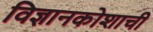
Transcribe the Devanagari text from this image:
विज्ञानकोशाची